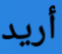
أريد